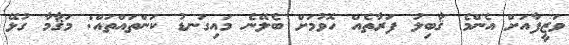
ވަޒީފާއަށް އެންމެ ޤާބިލު ފަރާތެއް ހޮވުމަށް ބެލޭނެ މައިގަނޑު ކަންތައްތައް: މަޤާމާ ގުޅޭ